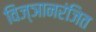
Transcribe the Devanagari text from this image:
विज्ञानरंजित